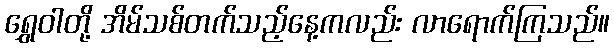
ရွှေဝါတို့ အိမ်သစ်တက်သည့်နေ့ကလည်း လာရောက်ကြသည်။